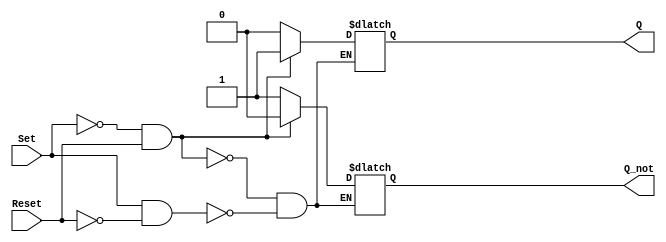
module SR_FF (input Set, input Reset, output reg Q, output reg Q_not);

always @(Set, Reset)
begin
    if (Set == 1'b0 && Reset == 1'b1) // Set
    begin
        Q <= 1'b1;
        Q_not <= 1'b0;
    end
    else if (Set == 1'b1 && Reset == 1'b0) // Reset
    begin
        Q <= 1'b0;
        Q_not <= 1'b1;
    end
    else if (Set == 1'b1 && Reset == 1'b1) // Retain previous state
    begin
        // do nothing
    end
    else // Undefined state
    begin
        // do nothing
    end
end

endmodule